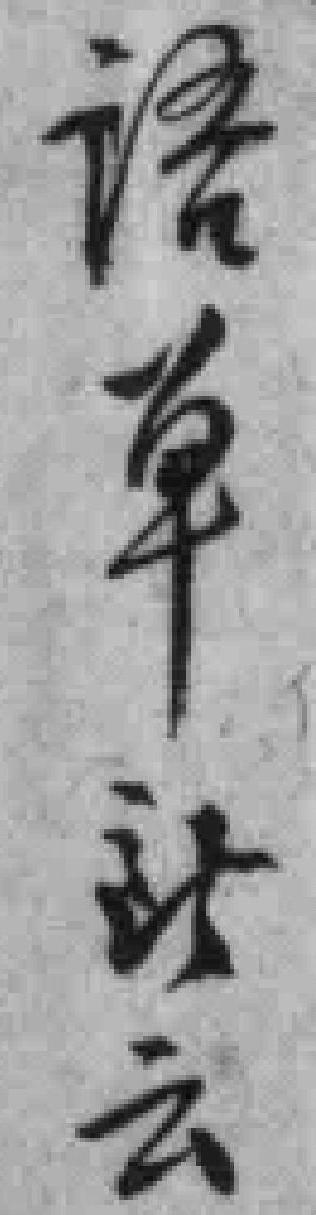
語单所云